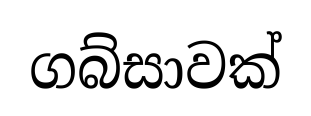
ගබ්සාවක්